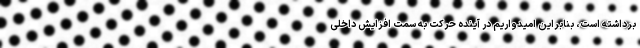
برداشته است، بنابراین امیدواریم در آینده حرکت به سمت افزایش داخلی